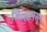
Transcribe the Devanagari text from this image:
जिल्ह्यापसून